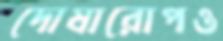
দোষারোপও